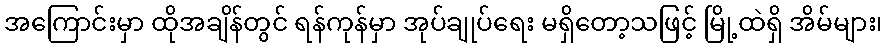
အကြောင်းမှာ ထိုအချိန်တွင် ရန်ကုန်မှာ အုပ်ချုပ်ရေး မရှိတော့သဖြင့် မြို့ထဲရှိ အိမ်များ၊